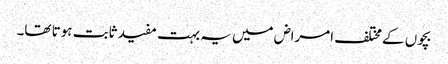
بچوں کے مختلف امراض میں یہ بہت مفید ثابت ہوتا تھا۔